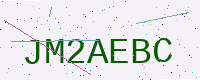
Text: JM2AEBC